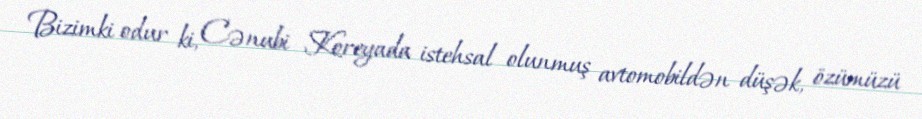
Bizimki odur ki, Cənubi Koreyada istehsal olunmuş avtomobildən düşək, özümüzü